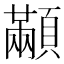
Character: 顢